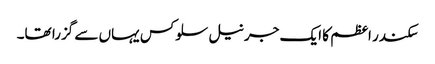
سکندر اعظم کا ایک جرنیل سلوکس یہاں سے گزرا تھا۔